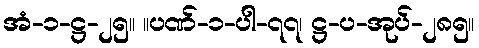
အံ-၁-ဋ္ဌ-၂၅။ ။ပဏ်-၁-ပါ-၇၇၊ ဋ္ဌ-ပ-အုပ်-၂၈၅။